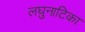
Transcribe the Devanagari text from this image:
लघुनाटिका